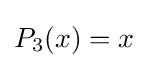
P_{3}(x)=x